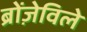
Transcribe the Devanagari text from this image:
ब्रोंज़ेविले